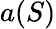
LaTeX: a(S)